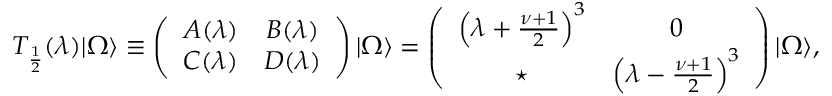
T _ { \frac { 1 } { 2 } } ( \lambda ) | { \mit \Omega } \rangle \equiv \left( \begin{array} { c c } { { A ( \lambda ) } } & { { B ( \lambda ) } } \\ { { C ( \lambda ) } } & { { D ( \lambda ) } } \end{array} \right) | { \mit \Omega } \rangle = \left( \begin{array} { c c } { { \left( \lambda + \frac { \nu + 1 } { 2 } \right) ^ { 3 } } } & { { 0 } } \\ { { \star } } & { { \left( \lambda - \frac { \nu + 1 } { 2 } \right) ^ { 3 } } } \end{array} \right) | { \mit \Omega } \rangle ,